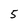
Character: 5